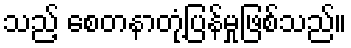
သည့် စေတနာတုံ့ပြန်မှုဖြစ်သည်။